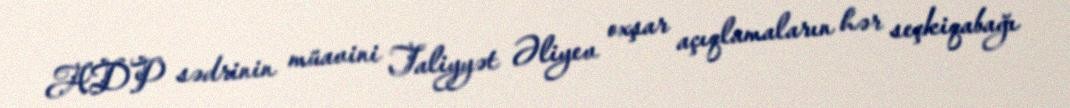
ADP sədrinin müavini Taliyyət Əliyev oxşar açıqlamaların hər seçkiqabağı